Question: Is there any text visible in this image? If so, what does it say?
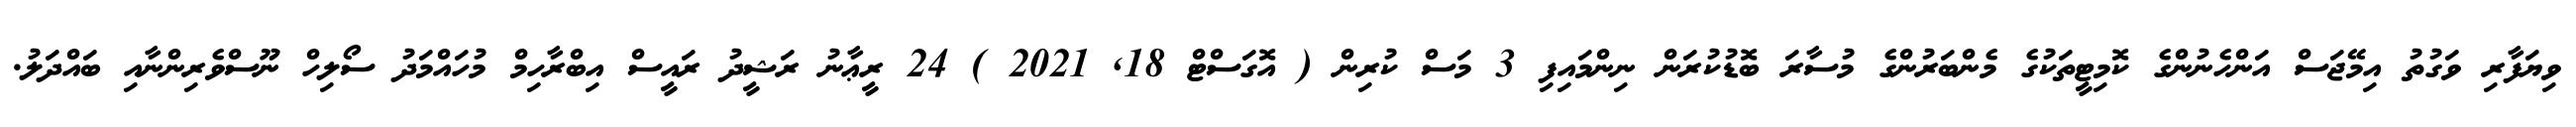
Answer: ވިޔަފާރި ވަގުތު އިމޭޖަސް އަންހެނުންގެ ކޮމިޓީތަކުގެ މެންބަރުންގެ މުސާރަ ބޮޑުކުރަން ނިންމައިފި 3 މަސް ކުރިން ( އޮގަސްޓް 18, 2021 ) 24 ރީޢާނު ރަޝީދު ރައީސް އިބްރާހިމް މުހައްމަދު ސޯލިހް ނޫސްވެރިންނާއި ބައްދަލު.